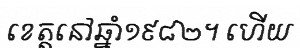
ខេត្តនៅឆ្នាំ១៩៨២។ ហើយ